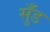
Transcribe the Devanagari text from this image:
सुँड